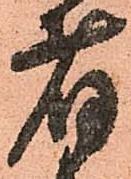
者